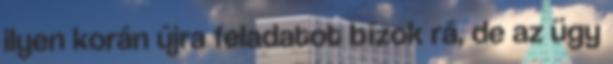
ilyen korán újra feladatot bízok rá, de az ügy